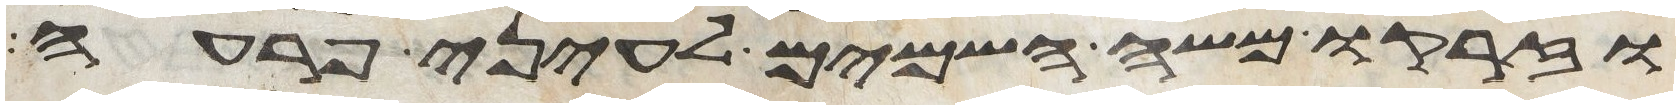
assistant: וזרקו משה השמים לעיני פרעה